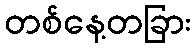
တစ်နေ့တခြား